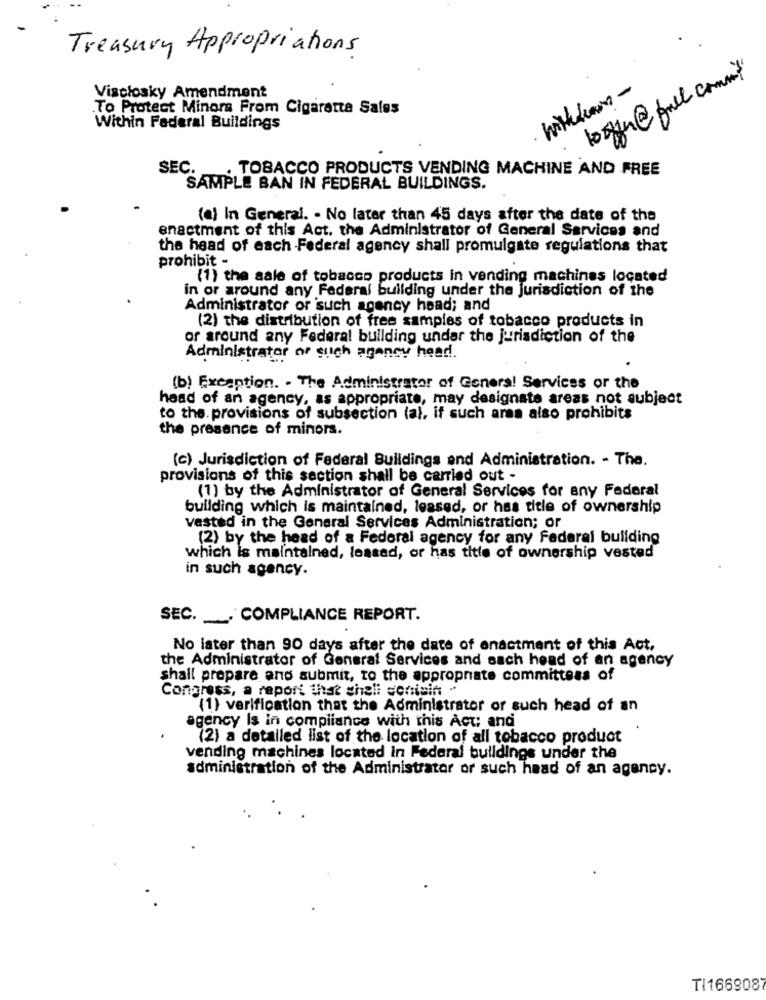
Treasury Appropriations
withdrawn -
Visciosky Amendment
To Protect Minors From Cigaretta Sales
Within Federal Buildings
SEC.
TOBACCO PRODUCTS VENDING MACHINE AND FREE
SAMPLE BAN IN FEDERAL BUILDINGS.
(a) In General. - No later than 45 days after the date of the
enactment of this Act. the Administrator of General Services and
the head of each -Federal agency shall promulgate regulations that
prohibit -
(1) the sale of tobacco products in vending machines located
in or around any Federal building under the jurisdiction of the
Administrator of such agency head; and
(2) the distribution of free samples of tobacco products in
or around any Federal building under the jurisdiction of the
Administrator or such agency head.
(b) Exception. - The Administrator of Genera! Services or the
head of an agency, as appropriate, may designate areas not subject
to the. provisions of subsection (al, if such area also prohibits
the presence of minors.
(c) Jurisdiction of Federal Buildings and Administration. - The.
provisions of this section shall be carried out -
(1) by the Administrator of General Services for any Federal
building which is maintained, leased, or has title of ownership
vested in the General Services Administration; or
(2) by the head of a Federal agency for any Federal building
which is maintained, lossad, or has title of ownership vested
in such agency.
SEC. . COMPLIANCE REPORT.
No later than 90 days after the date of enactment of this Act,
the Administrator of General Services and sach head of an agency
shall prepare and submit, to the appropriate committees of
Congress, a report that sheli conisin -
(1) verification that the Administrator or such head of an
agency Is in compliance with this Act and
(2) a detailed list of the location of all tobacco product
vending machines located in Federal buildings under the
administration of the Administrator or such head of an agency.
TI166908